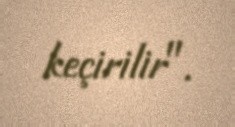
keçirilir".